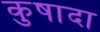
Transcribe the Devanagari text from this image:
कुषादा